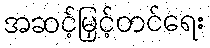
အဆင့်မြှင့်တင်ရေး